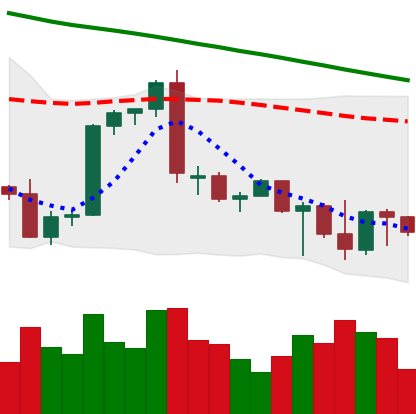
Ticker: BTC-USD
Chart end date: 2022-09-24
Forward return: 3.359%
Label: up_3_5